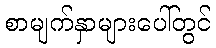
စာမျက်နှာများပေါ်တွင်